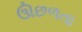
ઊછળતા